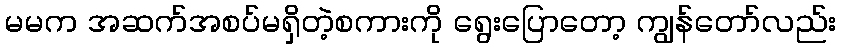
မမက အဆက်အစပ်မရှိတဲ့စကားကို ရွေးပြောတော့ ကျွန်တော်လည်း